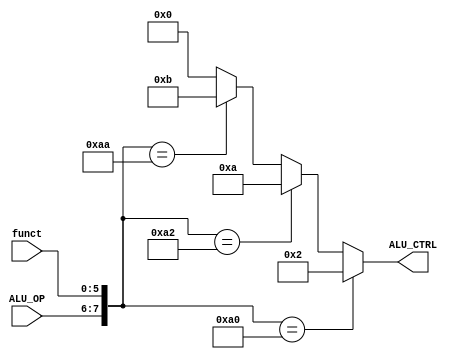
`timescale 1ns / 1ps

module ALU_ctrl( funct, ALU_OP,ALU_CTRL );

	input [5:0] funct;
	input [1:0] ALU_OP;
	output [3:0]ALU_CTRL;
   
	wire [3:0]ALU_CTRL;
	
	/* add your design */
	assign ALU_CTRL = ({ALU_OP,funct}==8'b10_100000)?4'b0010://add
				({ALU_OP,funct}==8'b10_100010)?4'b1010://sub
				({ALU_OP,funct}==8'b10_101010)?4'b1011:4'b0000;//slt,default:0
	


endmodule